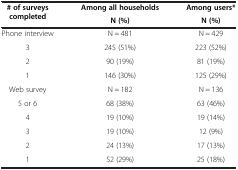
<table><thead><tr><td rowspan="2"><b># of surveys completed</b></td><td><b>Among all households</b></td><td><b>Among users*</b></td></tr><tr><td><b>N (%)</b></td><td><b>N (%)</b></td></tr></thead><tbody><tr><td>Phone interview</td><td>N = 481</td><td>N = 429</td></tr><tr><td>3</td><td>245 (51%)</td><td>223 (52%)</td></tr><tr><td>2</td><td>90 (19%)</td><td>81 (19%)</td></tr><tr><td>1</td><td>146 (30%)</td><td>125 (29%)</td></tr><tr><td>Web survey</td><td>N = 182</td><td>N = 136</td></tr><tr><td>5 or 6</td><td>68 (38%)</td><td>63 (46%)</td></tr><tr><td>4</td><td>19 (10%)</td><td>19 (14%)</td></tr><tr><td>3</td><td>19 (10%)</td><td>12 (9%)</td></tr><tr><td>2</td><td>24 (13%)</td><td>17 (13%)</td></tr><tr><td>1</td><td>52 (29%)</td><td>25 (18%)</td></tr></tbody></table>